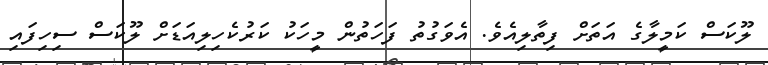
ލޫކަސް ކަމީލާގެ އަތަށް ފިތާލިއެވެ. އެވަގުތު ފަހަތުން މީހަކު ކަރުކެހިލިއަޑަށް ލޫކަސް ސިހިފައި